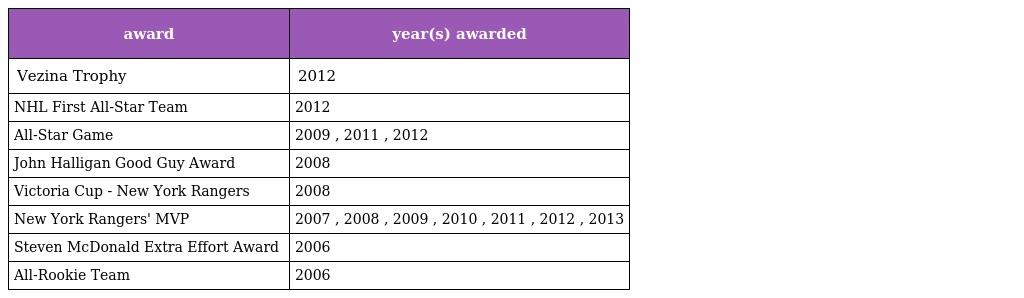
| award | year(s) awarded |
 | --- | --- |
 | Vezina Trophy | 2012 |
 | NHL First All-Star Team | 2012 |
 | All-Star Game | 2009 , 2011 , 2012 |
 | John Halligan Good Guy Award | 2008 |
 | Victoria Cup - New York Rangers | 2008 |
 | New York Rangers' MVP | 2007 , 2008 , 2009 , 2010 , 2011 , 2012 , 2013 |
 | Steven McDonald Extra Effort Award | 2006 |
 | All-Rookie Team | 2006 |